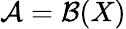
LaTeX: {\mathcal{A}}={\mathcal{B}}(X)